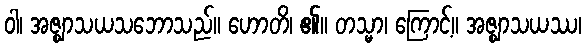
ဝါ၊ အဇ္ဈာသယသဘောသည်။ ဟောတိ၊ ၏။ တသ္မာ၊ ကြောင့်။ အဇ္ဈာသယဿ၊